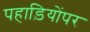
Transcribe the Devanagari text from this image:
पहाड़ियोंपर